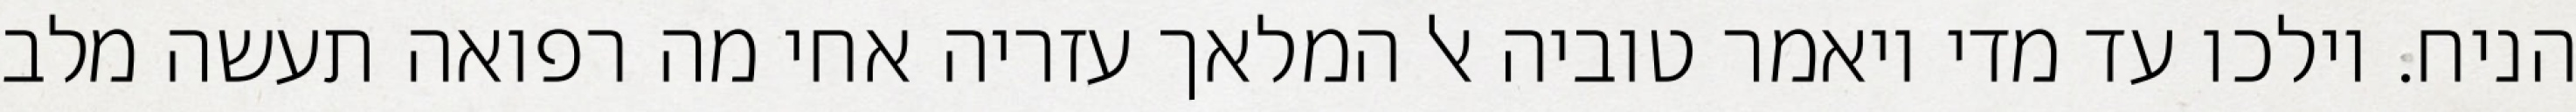
הניח. וילכו עד מדי ויאמר טוביה אל המלאך עזריה אחי מה רפואה תעשה מלב